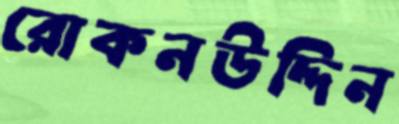
রোকনউদ্দিন